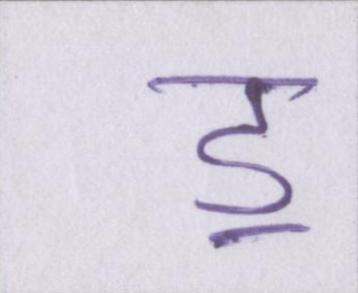
ॾ